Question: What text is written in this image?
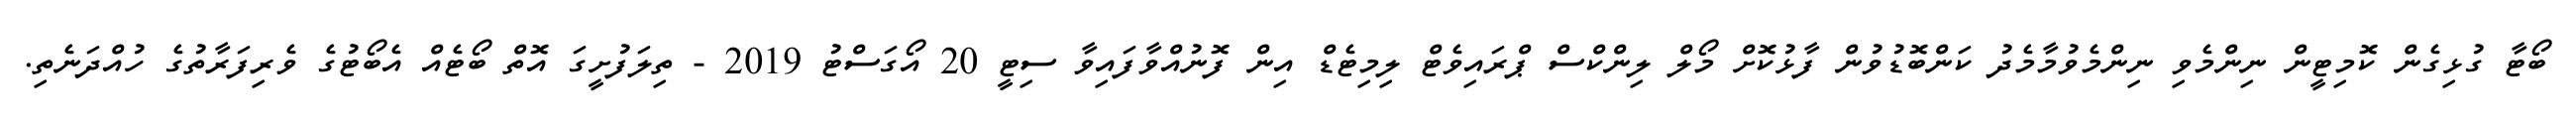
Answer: ބޯޓާ ގުޅިގެން ކޮމިޓީން ނިންމެވި ނިންމެވުމާމެދު ކަންބޮޑުވުން ފާޅުކޮށް މޯލް ލިންކްސް ޕްރައިވެޓް ލިމިޓެޑް އިން ފޮނުއްވާފައިވާ ސިޓީ 20 އޯގަސްޓު 2019 - ތިލަފުށީގަ އޮތް ބޯޓެއް އެބޯޓުގެ ވެރިފަރާތުގެ ހުއްދަނެތި.